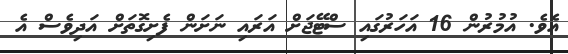
އެވެ. އުމުރުން 16 އަހަރުގައި ސްޓޭޖަށް އަރައި ނަށަން ފެށިގޮތަށް އަދިވެސް އެ